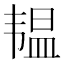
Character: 韫